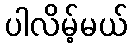
ပါလိမ့်မယ်